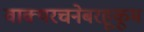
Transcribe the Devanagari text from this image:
वाक्यरचनेबरहूकूम